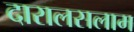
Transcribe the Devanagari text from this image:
दारालसलाम